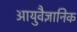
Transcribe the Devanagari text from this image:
आयुवैज्ञानिक